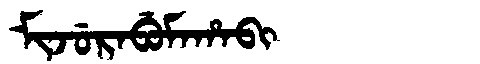
Manchu: ᠮᡳᠵᡠᡵᠠᠪᡠᠮᠠᡥᠠᠪᡳ
Romanization: MIJURABUMAHABI